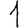
Digit: 1